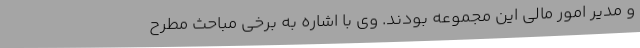
و مدیر امور مالی این مجموعه بودند. وی با اشاره به برخی مباحث مطرح